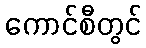
ကောင်စီတွင်